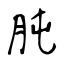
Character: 肫